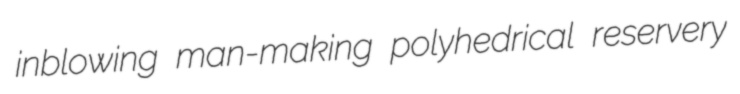
inblowing man-making polyhedrical reservery